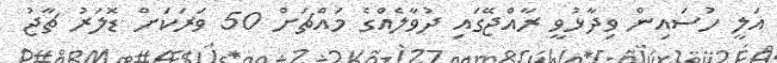
އަލީ ހުސައިން ވިދާޅުވީ ރާއްޖޭގައި ދުވާލެއްގެ މައްޗަށް 50 ވަރަކަށް ޑޮލަރު ޗާޖު